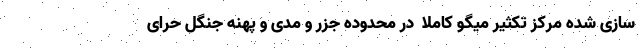
سازی شده مرکز تکثیر میگو کاملا ً در محدوده جزر و مدی و پهنه جنگل حرای